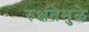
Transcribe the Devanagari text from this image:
रुक्षतेमुळे